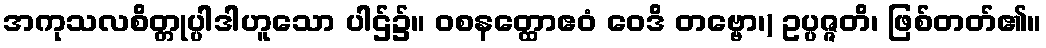
အကုသလစိတ္တုပ္ပါဒါဟူသော ပါဌ်၌။ ဝစနတ္ထောဧဝံ ဝေဒိ တဗ္ဗော၊) ဥပ္ပဇ္ဇတိ၊ ဖြစ်တတ်၏။